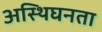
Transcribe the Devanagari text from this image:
अस्थिघनता